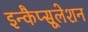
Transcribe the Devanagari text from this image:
इन्कैप्सूलेशन